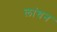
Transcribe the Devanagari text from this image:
लांघन